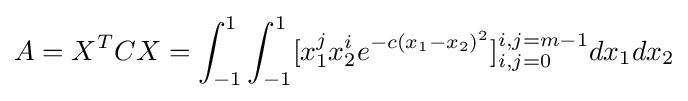
A=X^{T}CX=\int _{-1}^{1}\int _{-1}^{1}[x_{1}^{j}x_{2}^{i}e^{-c(x_{1}-x_{2})^{2}}]_{i,j=0}^{i,j=m-1}dx_{1}dx_{2}